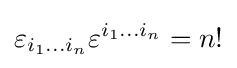
\varepsilon _{i_{1}\dots i_{n}}\varepsilon ^{i_{1}\dots i_{n}}=n!